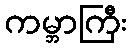
ကမ္ဘာကြီး